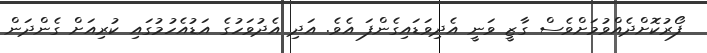
ފޯރުކޮށްދެއްވުމަށްވެސް ގާޒީ ވަނީ އެދިވަޑައިގެންފަ އެވެ. އަދި އެދުވަހުގެ އަޑުއެހުމުގައި ކުރިއަށް ގެންދަން